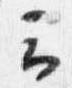
云